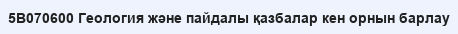
5В070600 Геология және пайдалы қазбалар кен орнын барлау